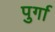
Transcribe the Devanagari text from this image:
पुर्गा